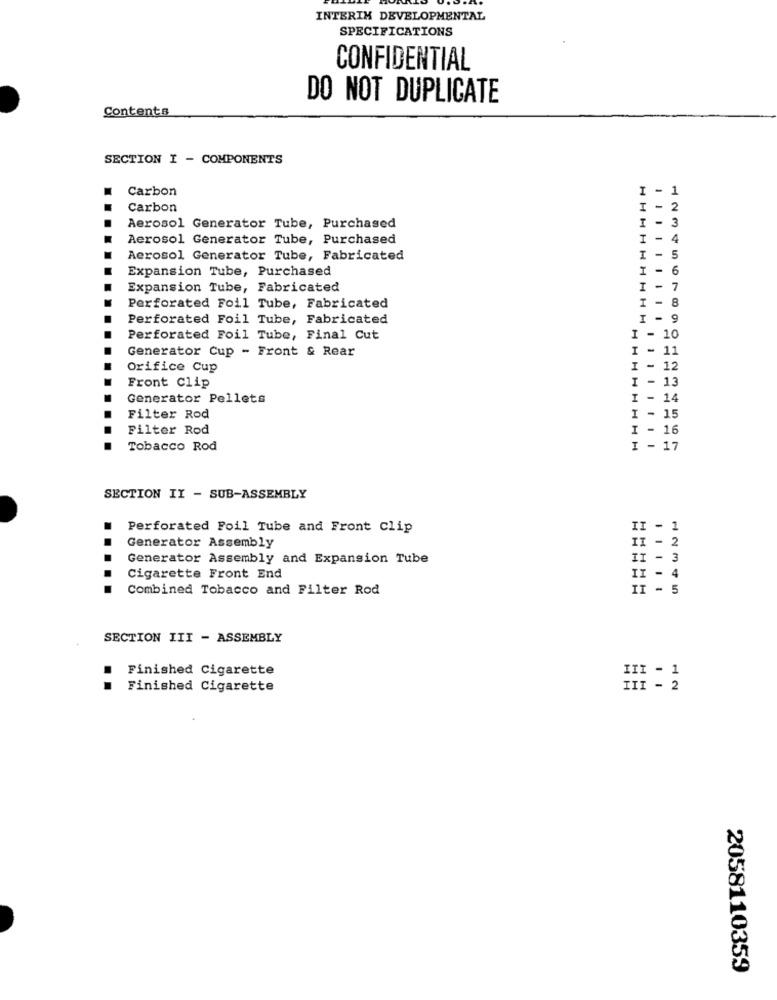
INTERIM DEVELOPMENTAL
SPECIFICATIONS
CONFIDENTIAL
DO NOT DUPLICATE
Contents
SECTION I - COMPONENTS
Carbon
I - 1
Carbon
I - 2
Aerosol Generator Tube, Purchased
I - 3
Aerosol Generator Tube, Purchased
I - 4
Aerosol Generator Tube, Fabricated
I - 5
Expansion Tube, Purchased
I - 6
Expansion Tube, Fabricated
I - 7
Perforated Foil Tube, Fabricated
I - 8
HHHHHHHH
Perforated Foil Tube, Fabricated
I - 9
Perforated Foil Tube, Final Cut
I - 10
Generator Cup - Front & Rear
I
-
11
Orifice Cup
I
-
12
I-
13
Front Clip
Generator Pellets
I
- 14
Filter Rod
I - 15
Filter Rod
I - 16
Tobacco Rod
I - 17
SECTION II - SUB-ASSEMBLY
Perforated Foil Tube and Front Clip
II
- 1
II - 2
Generator Assembly
Generator Assembly and Expansion Tube
II - 3
4
Cigarette Front End
II
Combined Tobacco and Filter Rod
II - 5
SECTION III - ASSEMBLY
Finished Cigarette
III - 1
Finished Cigarette
III - 2
2058110359